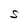
Character: S